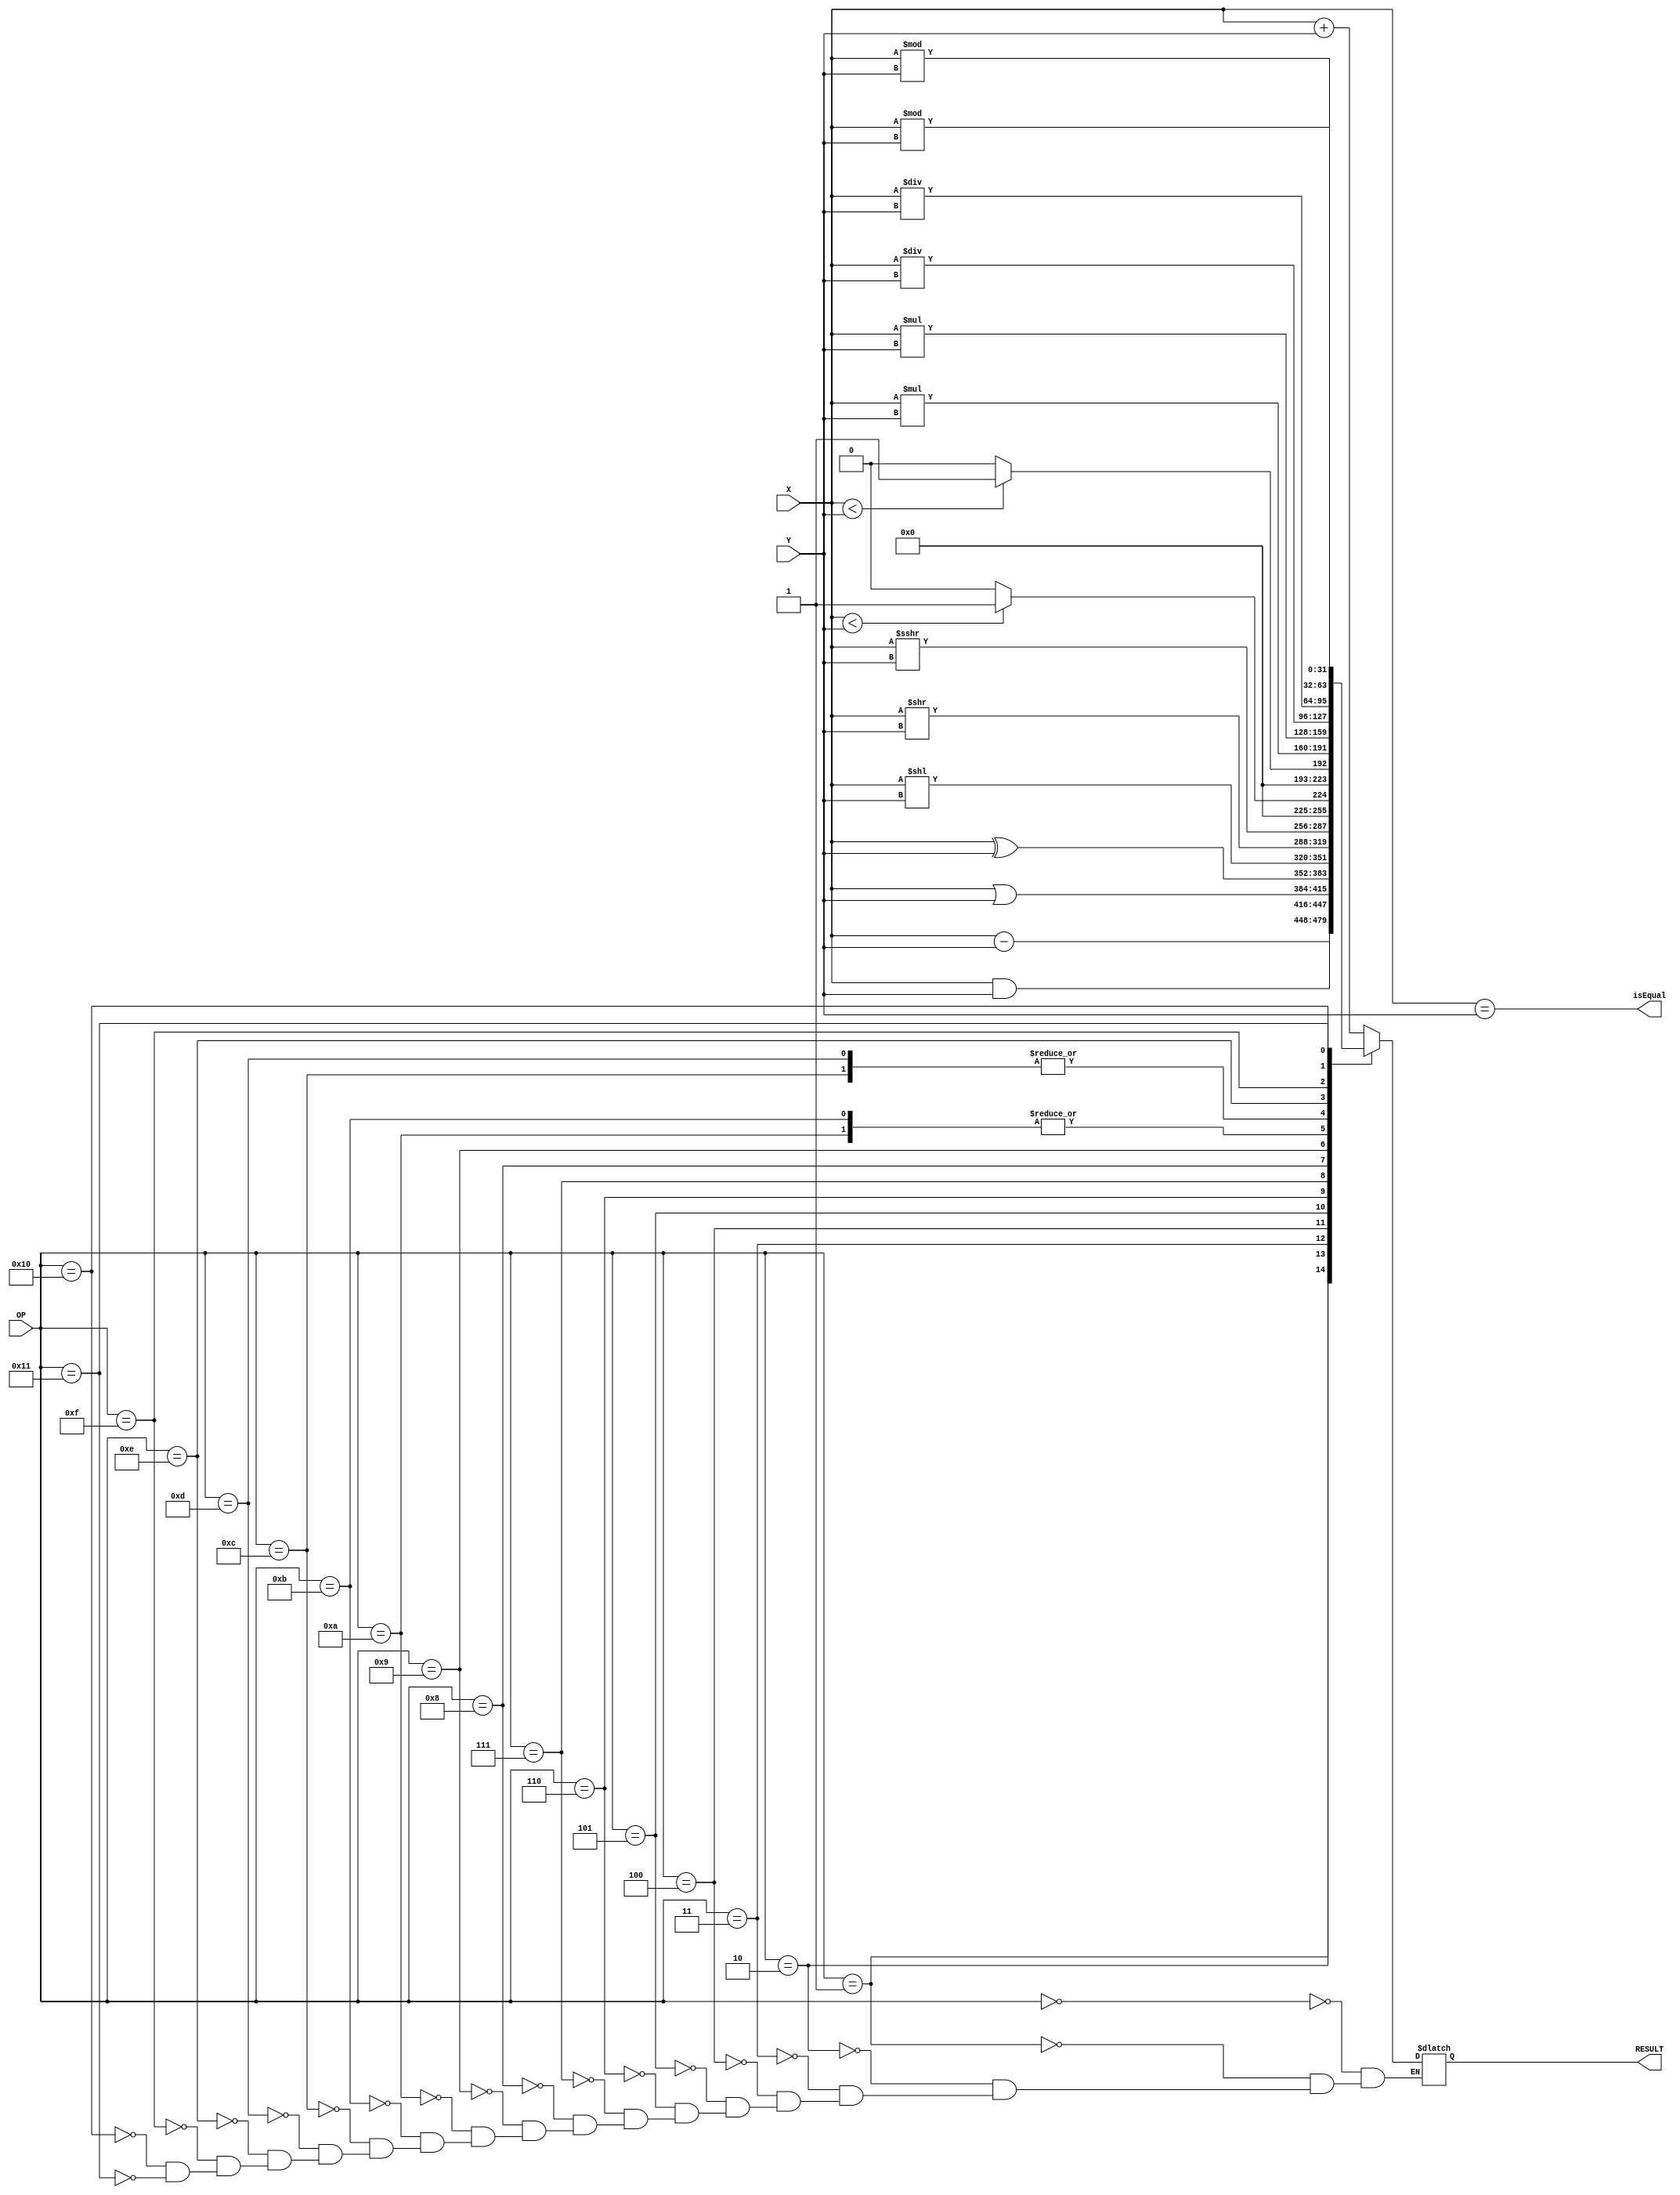
module ALU(
    input [31:0] X,
    input [31:0] Y,
    input [4:0] OP,

    output reg [31:0] RESULT,
    output isEqual
);

    wire signed [31:0] X_signed = X;
    wire signed [31:0] Y_signed = Y;

    assign isEqual = X == Y;

    always @(*) begin
        case (OP)
            // I
            0: RESULT <= X + Y;
            1: RESULT <= X - Y;
            2: RESULT <= X & Y;
            3: RESULT <= X | Y;
            4: RESULT <= X ^ Y;
            5: RESULT <= X << Y;
            6: RESULT <= X >> Y;
            7: RESULT <= X_signed >>> Y;
            8: RESULT <= (X_signed < Y_signed ? 1 : 0);
            9: RESULT <= (X < Y ? 1 : 0);

            // M: mul mulh mulhsu mulhu div divu rem remu
            10: RESULT <= X_signed * Y_signed;
            11: RESULT <= X_signed * Y_signed;
            12: RESULT <= X_signed * Y;
            13: RESULT <= X * Y;
            14: RESULT <= X_signed / Y_signed;
            15: RESULT <= X / Y;
            16: RESULT <= X_signed % Y_signed;
            17: RESULT <= X % Y;

        endcase
    end

endmodule